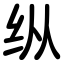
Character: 纵